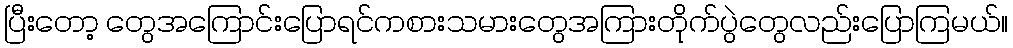
ပြီးတော့ တွေအကြောင်းပြောရင်ကစားသမားတွေအကြားတိုက်ပွဲတွေလည်းပြောကြမယ်။